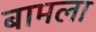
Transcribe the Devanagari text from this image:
बामला